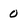
Character: 0